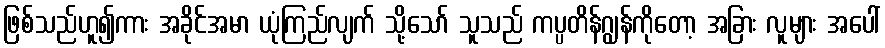
ဖြစ်သည်ဟူ၍ကား အခိုင်အမာ ယုံကြည်လျက် သို့သော် သူသည် ကပ္ပတိန်ဂျွန်ကိုတော့ အခြား လူများ အပေါ်